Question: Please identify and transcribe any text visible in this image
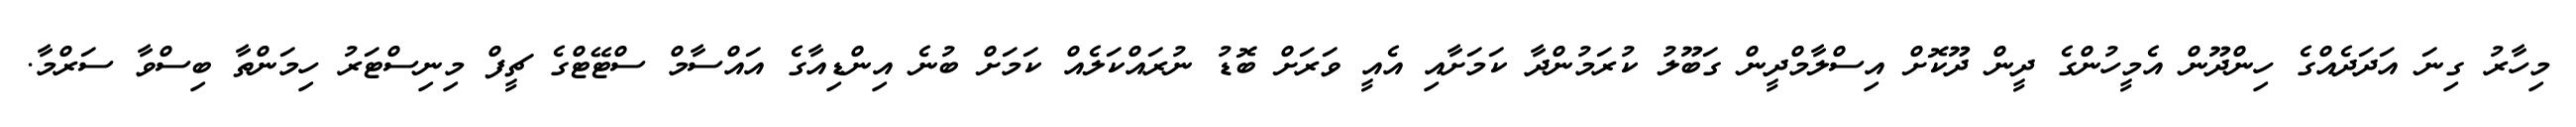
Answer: މިހާރު ގިނަ އަދަދެއްގެ ހިންދޫން އެމީހުންގެ ދީން ދޫކޮށް އިސްލާމްދީން ގަބޫލު ކުރަމުންދާ ކަމަށާއި އެއީ ވަރަށް ބޮޑު ނުރައްކަލެއް ކަމަށް ބުނެ އިންޑިއާގެ އައްސާމް ސްޓޭޓްގެ ޗީފް މިނިސްޓަރު ހިމަންތާ ބިސްވާ ސަރްމާ.